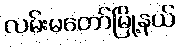
လမ်းမတော်မြို့နယ်